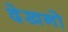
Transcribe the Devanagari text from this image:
देखनो